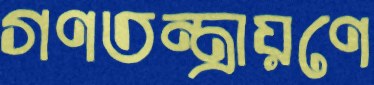
গণতন্ত্রায়ণে